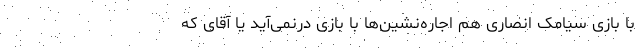
با بازی سیامک انصاری هم اجاره‌نشین‌ها با بازی درنمی‌آید یا آقای که